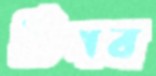
টিপব